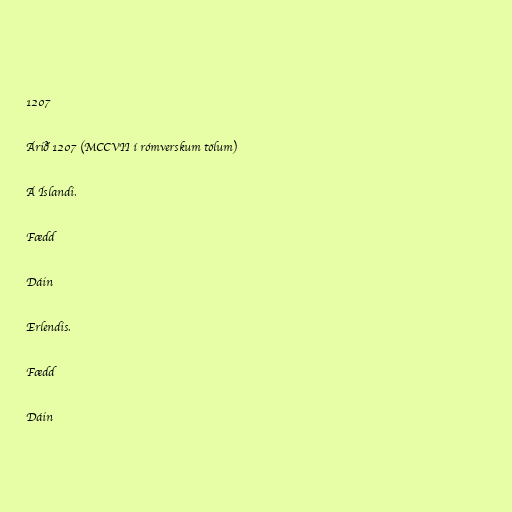
1207

Árið 1207 (MCCVII í rómverskum tölum)

Á Íslandi.

Fædd

Dáin

Erlendis.

Fædd

Dáin